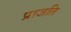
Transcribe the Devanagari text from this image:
प्राजति